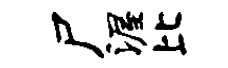
尸渥比